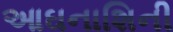
આઘનાશિની